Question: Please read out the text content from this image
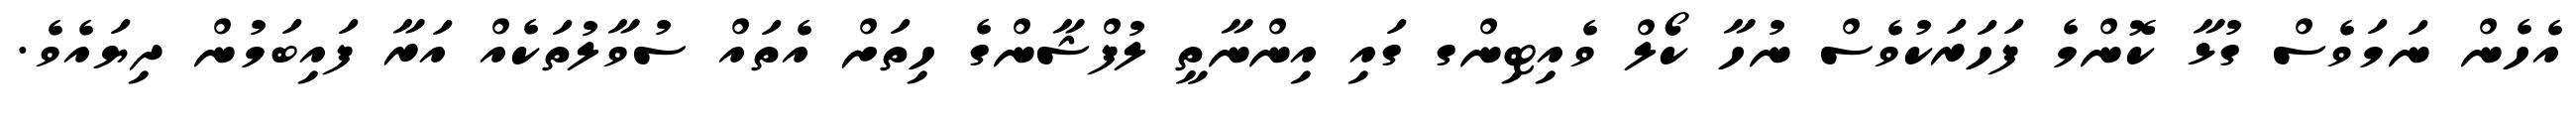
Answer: އެހެން ނަމަވެސް ގުޅާ ކޮންމެ ފަހަރަކުވެސް ނުހާ ކޯލް ވެއިޓިންގ ގައި އިންނާތީ ލުފްޝާންގެ ހިތަށް އެތައް ސުވާލުތަކެއް އަރާ ފައިބަމުން ދިޔައެވެ.